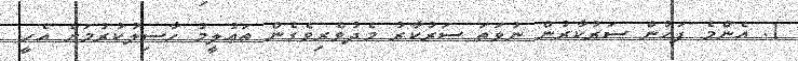
1. އެންމެ ފަހުން ސަރުކާރުން ނުވަތަ ސަރުކާރު މެދުވެރިވެގެން ތަޢުލީމު ހާސިލުކުރުމަށް އެހީ